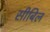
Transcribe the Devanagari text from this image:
सीबिल